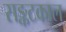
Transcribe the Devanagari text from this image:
सङ्कटकाल